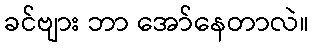
ခင်ဗျား ဘာ အော်နေတာလဲ။